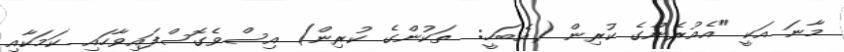
މާނަ އަކީ "އެއުރެންގެ ކުރިން (އެބަހީ:  ތަކުންގެ ކުރިން) އިސްވެގޮސްފައިވާހައި ކަމަކާއި